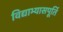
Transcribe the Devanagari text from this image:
विद्याभ्यासपूर्ति